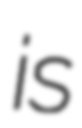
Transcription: is